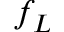
f _ { L }